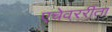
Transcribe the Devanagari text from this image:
एचेवररीता